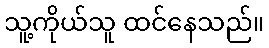
သူ့ကိုယ်သူ ထင်နေသည်။